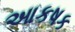
આકષક